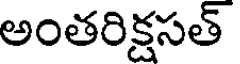
అంతరిక్షసత్